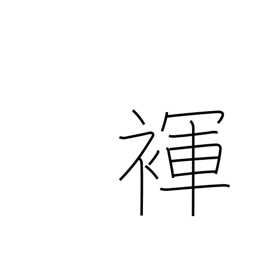
Meaning: loincloth